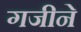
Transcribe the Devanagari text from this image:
गजीने